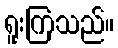
ရူးကြသည်။